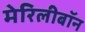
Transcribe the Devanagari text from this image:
मेरिलीबॉन